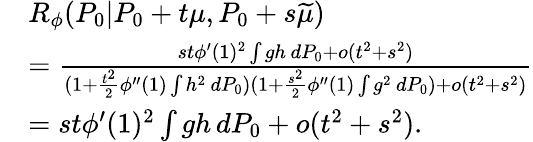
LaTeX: \begin{array}{rl}&{{R_{\phi}}(P_{0}|P_{0}+t\mu,P_{0}+s\widetilde\mu)}\\ &{=\frac{st\phi^{\prime}(1)^{2}\int gh\, dP_{0}+o(t^{2}+s^{2})}{(1+\frac{t^{2}}{2}\phi^{\prime\prime}(1)\int h^{2}\, dP_{0})(1+\frac{s^{2}}{2}\phi^{\prime\prime}(1)\int g^{2}\, dP_{0})+o(t^{2}+s^{2})}}\\ &{=st\phi^{\prime}(1)^{2}\int gh\, dP_{0}+o(t^{2}+s^{2}).}\end{array}